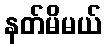
နတ်မိမယ်